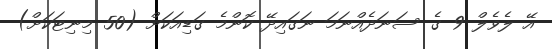
އޭ ލެވެލް 9 ގެ ސަނަދެއްނަމަ ނަގައިދޭ ކޮންމެ ގަޑިއަކަށް (50 މިނިޓަކަށް)